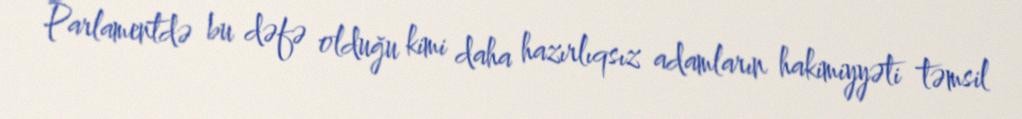
Parlamentdə bu dəfə olduğu kimi daha hazırlıqsız adamların hakimiyyəti təmsil